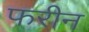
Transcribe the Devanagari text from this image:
फरीन